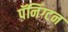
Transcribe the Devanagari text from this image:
पॅनिंग्टन